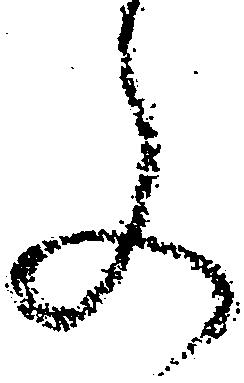
文